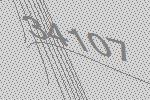
34107